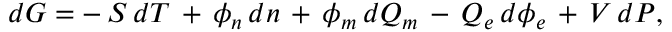
d G = - \, S \, d T \, + \, \phi _ { n } \, d n \, + \, \phi _ { m } \, d Q _ { m } \, - \, Q _ { e } \, d \phi _ { e } \, + \, V \, d P ,